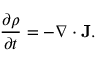
{ \frac { \partial \rho } { \partial t } } = - \nabla \cdot \mathbf { J } .